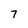
Character: 7